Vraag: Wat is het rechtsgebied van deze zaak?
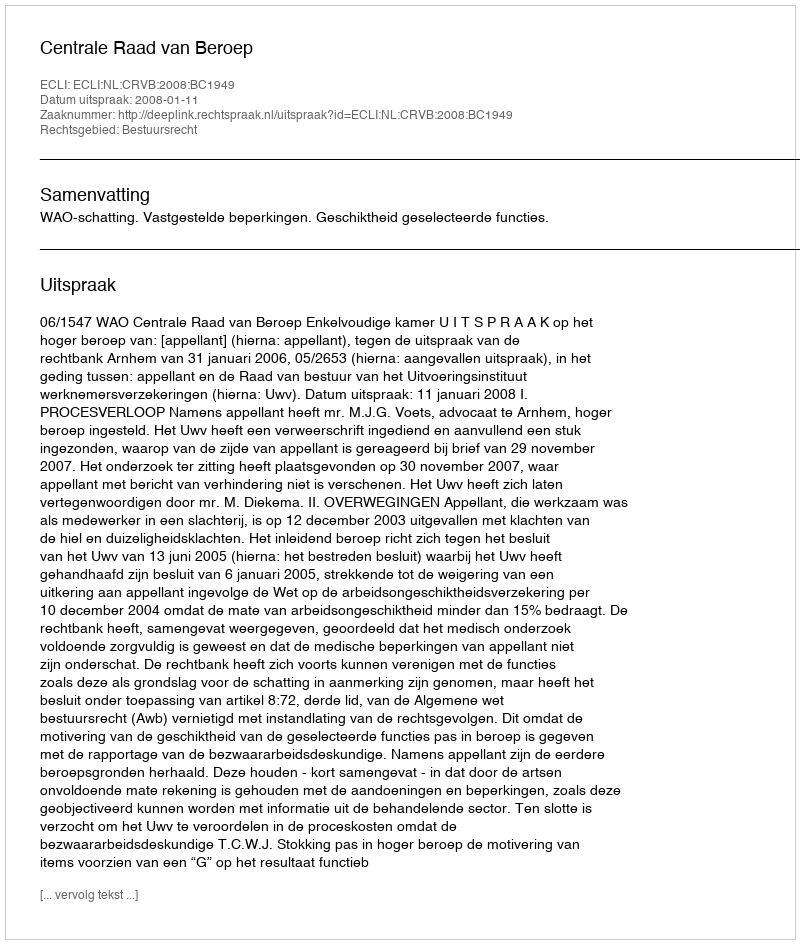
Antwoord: Bestuursrecht